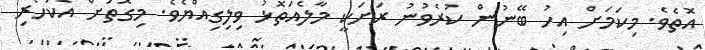
އޮތެވެ. މިކަމަށް އިހު ބޭނުން ކުރެވުނު ރަށަކީ މާލެއަތޮޅު ވިލިގިއްޔެވެ. މިގޮތަށް އެކަހެރި